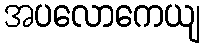
အပလောကေယျ